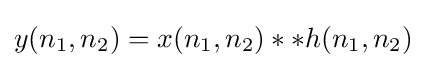
y(n_{1},n_{2})=x(n_{1},n_{2})**h(n_{1},n_{2})